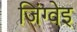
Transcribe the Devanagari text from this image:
जिंग्वेइ